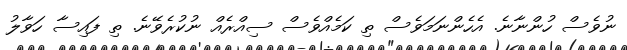
ނުވެސް ހުންނާނެ. އެހެންނަމަވެސް ތި ކަމެއްވެސް ސިއްރެއް ނުކުރެވޭނެ. ތި ފައިސާ ހަވާލު